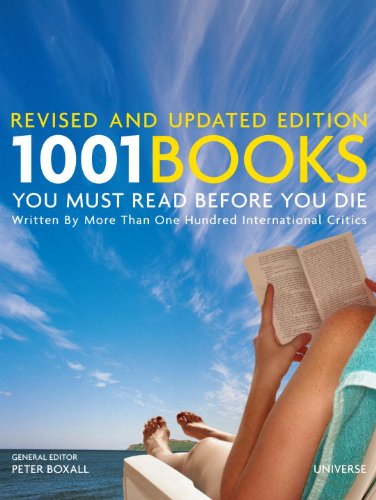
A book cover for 1001 Books You Must Read Before You Die: Revised and Updated Edition; Literature & Fiction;